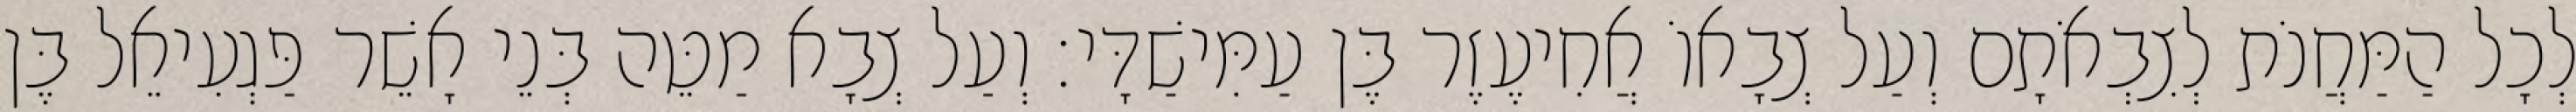
לְכָל הַמַּחֲנֹת לְצִבְאֹתָם וְעַל צְבָאוֹ אֲחִיעֶזֶר בֶּן עַמִּישַׁדָּי׃ וְעַל צְבָא מַטֵּה בְּנֵי אָשֵׁר פַּגְעִיאֵל בֶּן